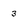
Character: 3